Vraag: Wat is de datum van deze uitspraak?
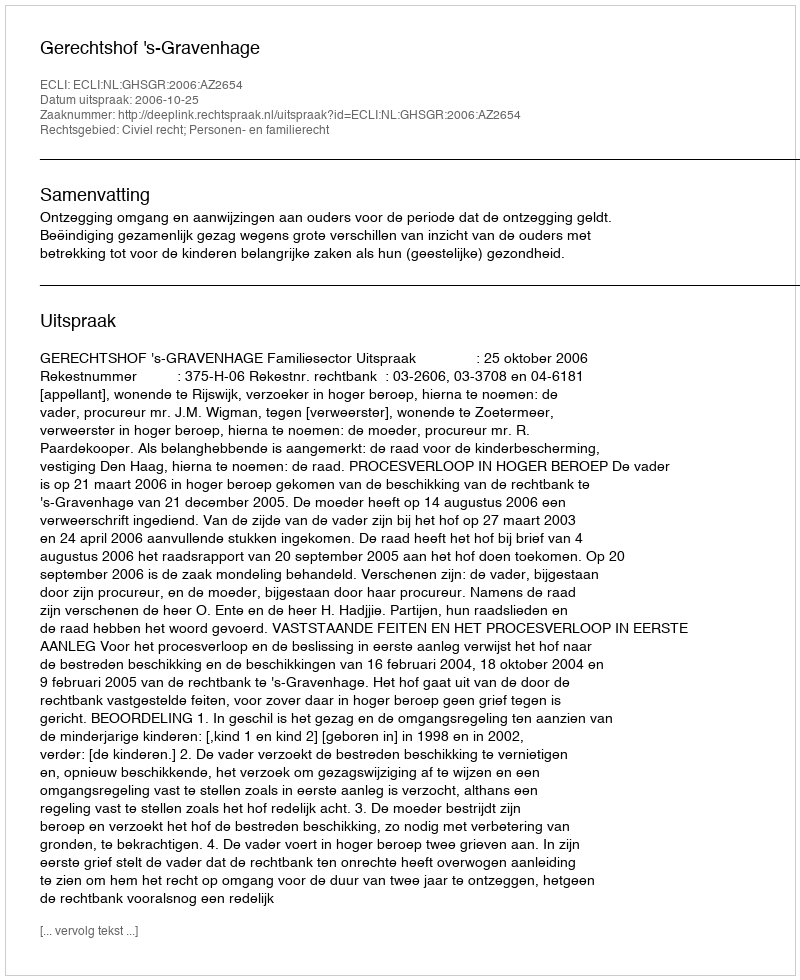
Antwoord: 2006-10-25